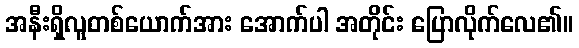
အနီးရှိလူတစ်ယောက်အား အောက်ပါ အတိုင်း ပြောလိုက်လေ၏။